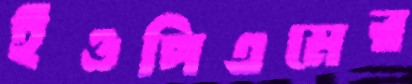
ইওপিএমের